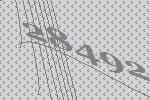
28492